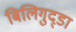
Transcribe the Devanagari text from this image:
बिलिगुद्डा